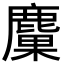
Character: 𪋊